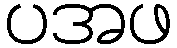
ပအဖ